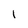
Character: 1